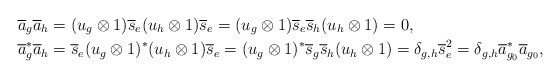
\begin{align*}& \overline a_g\overline a_h=(u_g\otimes 1)\overline s_e(u_h\otimes 1)\overline s_e=(u_g\otimes 1)\overline s_e \overline s_h(u_h\otimes 1)=0,\\& \overline a_g^*\overline a_h=\overline s_e(u_g\otimes 1)^*(u_h\otimes 1)\overline s_e=(u_g\otimes 1)^*\overline s_g\overline s_h(u_h\otimes 1)=\delta_{g,h} \overline s_e^2=\delta_{g,h}\overline a_{g_0}^*\overline a_{g_0},\end{align*}